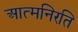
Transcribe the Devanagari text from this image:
आत्मनिरति